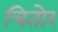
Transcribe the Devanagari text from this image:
चितोर